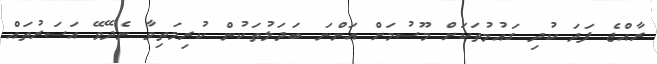
ރާއްޖެ ފަދަ ކުދި ގައުމުތަކަށް މޫސުމަށް އަންނަ ބަދަލުތަކުން ކުރިމަތިވާ ނެދޭވޭ އަސަރުތައް